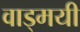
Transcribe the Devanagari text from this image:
वाड्मयी